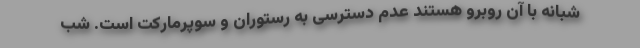
شبانه با آن روبرو هستند عدم دسترسی به رستوران‌ و سوپرمارکت‌ است. شب